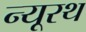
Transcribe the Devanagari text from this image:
न्यूरथ